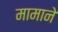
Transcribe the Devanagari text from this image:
मामाने